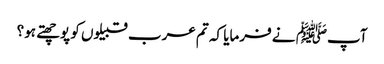
آپﷺ نے فرمایا کہ تم عرب قبیلوں کو پوچھتے ہو؟